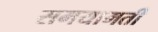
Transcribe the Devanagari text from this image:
समयामती